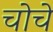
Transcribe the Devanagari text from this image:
चोचे